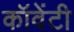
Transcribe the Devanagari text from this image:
कॉवेंटी